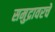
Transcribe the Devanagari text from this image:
समुद्रावरचे